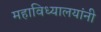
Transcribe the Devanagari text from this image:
महाविध्यालयांनी